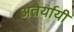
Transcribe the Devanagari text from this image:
अतेर्यायी